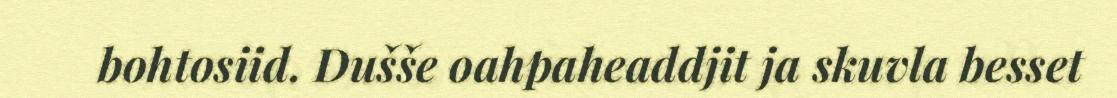
bohtosiid. Dušše oahpaheaddjit ja skuvla besset